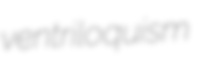
ventriloquism